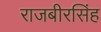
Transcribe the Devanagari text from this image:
राजबीरसिंह